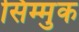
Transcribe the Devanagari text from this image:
सिम्मुक